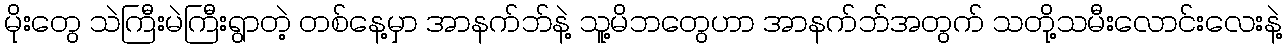
မိုးတွေ သဲကြီးမဲကြီးရွာတဲ့ တစ်နေ့မှာ အာနက်ဘ်နဲ့ သူ့မိဘတွေဟာ အာနက်ဘ်အတွက် သတို့သမီးလောင်းလေးနဲ့